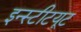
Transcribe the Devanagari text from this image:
इन्‍स्‍टीटयूट